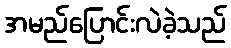
အမည်ပြောင်းလဲခဲ့သည်